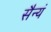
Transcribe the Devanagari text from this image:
सैन्यं